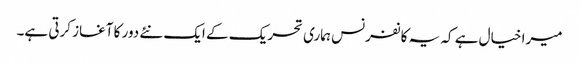
میرا خیال ہے کہ یہ کانفرنس ہماری تحریک کے ایک نئے دور کا آغاز کرتی ہے۔